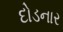
દોડનાર